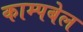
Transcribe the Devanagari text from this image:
काम्पबेल